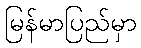
မြန်မာပြည်မှာ